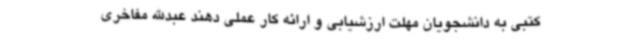
کتبی به دانشجویان مهلت ارزشیابی و ارائه کار عملی دهند عبدالله مفاخری